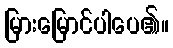
မြားမြောင်ပါပေ၏။